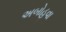
અબોહવા